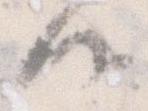
候